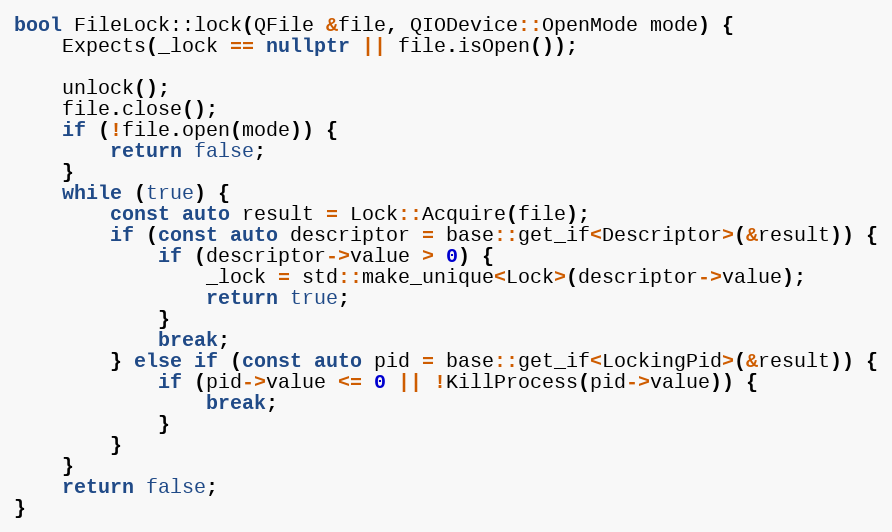
Language: C++
bool FileLock::lock(QFile &file, QIODevice::OpenMode mode) {
	Expects(_lock == nullptr || file.isOpen());

	unlock();
	file.close();
	if (!file.open(mode)) {
		return false;
	}
	while (true) {
		const auto result = Lock::Acquire(file);
		if (const auto descriptor = base::get_if<Descriptor>(&result)) {
			if (descriptor->value > 0) {
				_lock = std::make_unique<Lock>(descriptor->value);
				return true;
			}
			break;
		} else if (const auto pid = base::get_if<LockingPid>(&result)) {
			if (pid->value <= 0 || !KillProcess(pid->value)) {
				break;
			}
		}
	}
	return false;
}